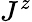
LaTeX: J^{z}